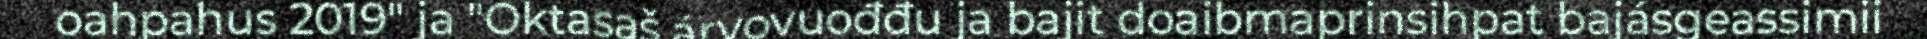
oahpahus 2019" ja "Oktasaš árvovuođđu ja bajit doaibmaprinsihpat bajásgeassimii